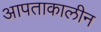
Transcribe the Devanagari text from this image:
आपताकालीन